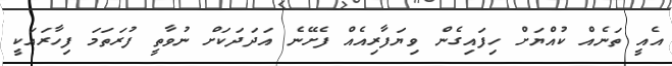
އެއީ ތަނެއް ކުއްޔަށް ހިފައިގެން ވިޔަފާރިއެއް ފެށޭނެ އަދަދަކަށް ނުވާތީ ފުރަތަމަ ފިހާރައަކީ